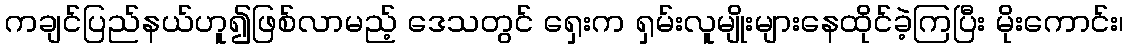
ကချင်ပြည်နယ်ဟူ၍ဖြစ်လာမည့် ဒေသတွင် ရှေးက ရှမ်းလူမျိုးများနေထိုင်ခဲ့ကြပြီး မိုးကောင်း၊